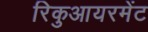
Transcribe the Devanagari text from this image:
रिकुआयरमेंट